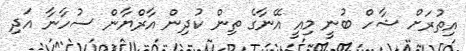
އިތުރަށް ޝާހް ބުނީ މިއީ އޭނާގެ ތިން ކުދިން އާރްޔާން ސުހާނާ އަދި